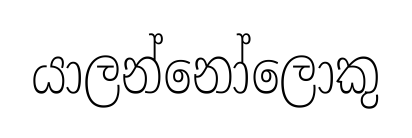
යාලන්නෝලොකු